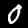
Digit: 0